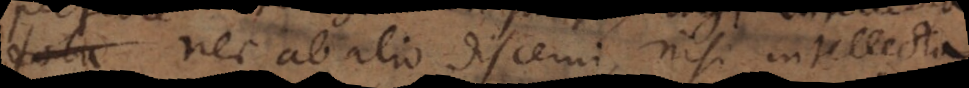
nec ab alio discerni, nisi intellecta